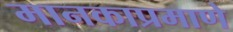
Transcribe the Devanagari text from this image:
मानकाप्रमाणे